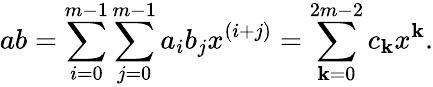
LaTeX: ab=\sum_{i=0}^{m-1}\sum_{j=0}^{m-1}a_{i}b_{j}x^{(i+j)}=\sum_{\mathbf{k}=0}^{2m-2}c_{\mathbf{k}}x^{\mathbf{k}}.